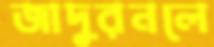
জাদুরনলে